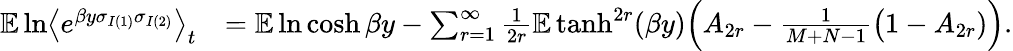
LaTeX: \begin{array}{rl}{\mathbb E\ln\bigl\langle e^{\beta y\sigma_{I(1)}\sigma_{I(2)}}\bigr\rangle_{t}}&{=\mathbb E\ln\cosh\beta y-\sum_{r=1}^{\infty}\frac{1}{2r}\mathbb E\operatorname{tanh}^{2r}(\beta y)\Bigl(A_{2r}-\frac{1}{M+N-1}\bigl(1-A_{2r})\Bigr).}\end{array}